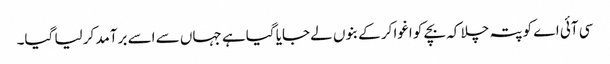
سی آئی اے کو پتہ چلا کہ بچے کو اغوا کر کے بنوں لے جایا گیا ہے جہاں سے اسے برآمد کر لیا گیا۔